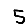
Digit: 5